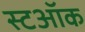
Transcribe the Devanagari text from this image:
स्टऑक